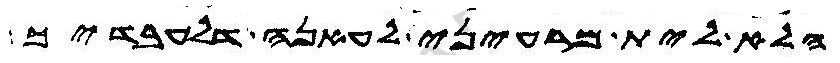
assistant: הלא לית מרעיני לעאנה דלעבדיך